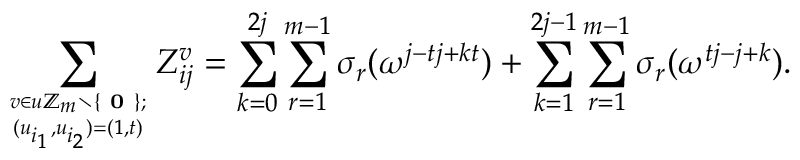
\sum _ { \boldsymbol { v } \in \boldsymbol { u } \mathbb { Z } _ { m } \setminus \{ \textbf { 0 } \} ; \atop ( u _ { i _ { 1 } } , u _ { i _ { 2 } } ) = ( 1 , t ) } Z _ { i j } ^ { \boldsymbol { v } } = \sum _ { k = 0 } ^ { 2 j } \sum _ { r = 1 } ^ { m - 1 } \sigma _ { r } ( \omega ^ { j - t j + k t } ) + \sum _ { k = 1 } ^ { 2 j - 1 } \sum _ { r = 1 } ^ { m - 1 } \sigma _ { r } ( \omega ^ { t j - j + k } ) .